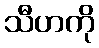
သီဟကို